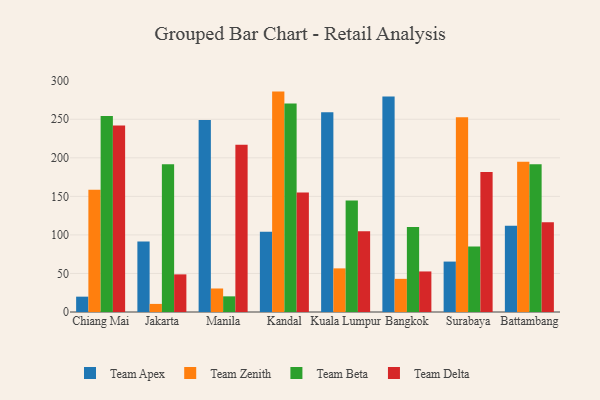
{"axis": {"x": "City", "y": "Net Income (USD K)"}, "legend": ["Team Apex", "Team Beta", "Team Delta", "Team Zenith"], "data": [{"x": "Chiang Mai", "y": 19.9, "type": "Team Apex"}, {"x": "Chiang Mai", "y": 158.7, "type": "Team Zenith"}, {"x": "Chiang Mai", "y": 254.4, "type": "Team Beta"}, {"x": "Chiang Mai", "y": 241.9, "type": "Team Delta"}, {"x": "Jakarta", "y": 91.3, "type": "Team Apex"}, {"x": "Jakarta", "y": 10.5, "type": "Team Zenith"}, {"x": "Jakarta", "y": 191.5, "type": "Team Beta"}, {"x": "Jakarta", "y": 48.8, "type": "Team Delta"}, {"x": "Manila", "y": 249.2, "type": "Team Apex"}, {"x": "Manila", "y": 30.5, "type": "Team Zenith"}, {"x": "Manila", "y": 20.3, "type": "Team Beta"}, {"x": "Manila", "y": 216.8, "type": "Team Delta"}, {"x": "Kandal", "y": 104.2, "type": "Team Apex"}, {"x": "Kandal", "y": 285.9, "type": "Team Zenith"}, {"x": "Kandal", "y": 270.5, "type": "Team Beta"}, {"x": "Kandal", "y": 155.1, "type": "Team Delta"}, {"x": "Kuala Lumpur", "y": 259.0, "type": "Team Apex"}, {"x": "Kuala Lumpur", "y": 56.6, "type": "Team Zenith"}, {"x": "Kuala Lumpur", "y": 144.7, "type": "Team Beta"}, {"x": "Kuala Lumpur", "y": 104.6, "type": "Team Delta"}, {"x": "Bangkok", "y": 279.4, "type": "Team Apex"}, {"x": "Bangkok", "y": 43.0, "type": "Team Zenith"}, {"x": "Bangkok", "y": 110.2, "type": "Team Beta"}, {"x": "Bangkok", "y": 52.6, "type": "Team Delta"}, {"x": "Surabaya", "y": 65.4, "type": "Team Apex"}, {"x": "Surabaya", "y": 252.7, "type": "Team Zenith"}, {"x": "Surabaya", "y": 85.1, "type": "Team Beta"}, {"x": "Surabaya", "y": 181.5, "type": "Team Delta"}, {"x": "Battambang", "y": 111.8, "type": "Team Apex"}, {"x": "Battambang", "y": 194.9, "type": "Team Zenith"}, {"x": "Battambang", "y": 191.6, "type": "Team Beta"}, {"x": "Battambang", "y": 116.3, "type": "Team Delta"}]}